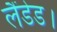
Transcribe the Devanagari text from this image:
लैंडेड।